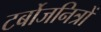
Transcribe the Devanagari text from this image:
टर्बोजनित्रों